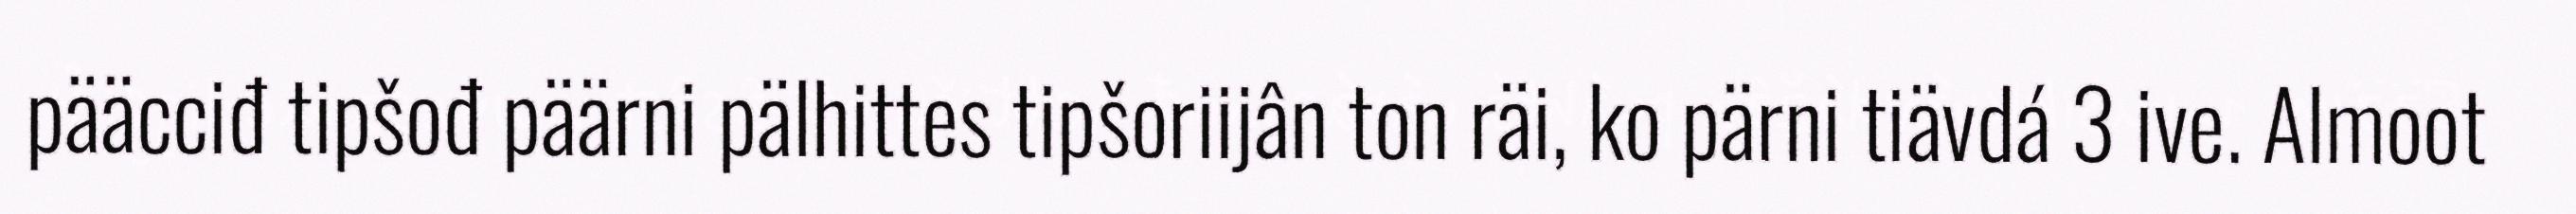
pääcciđ tipšođ päärni pälhittes tipšoriijân ton räi, ko pärni tiävdá 3 ive. Almoot